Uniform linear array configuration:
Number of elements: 4
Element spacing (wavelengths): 0.25
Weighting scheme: exponential
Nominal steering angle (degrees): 15
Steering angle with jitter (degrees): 15.186
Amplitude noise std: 0.05
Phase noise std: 0.05

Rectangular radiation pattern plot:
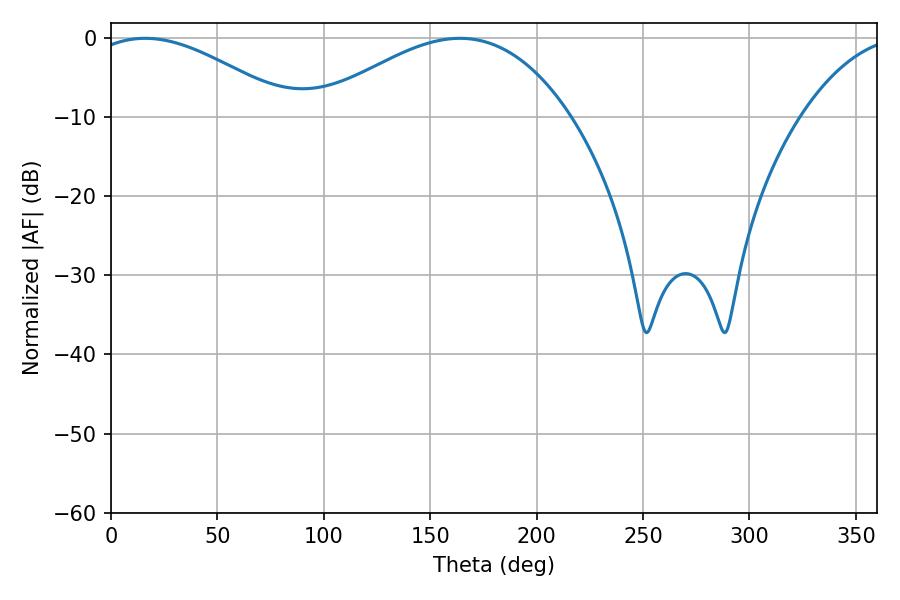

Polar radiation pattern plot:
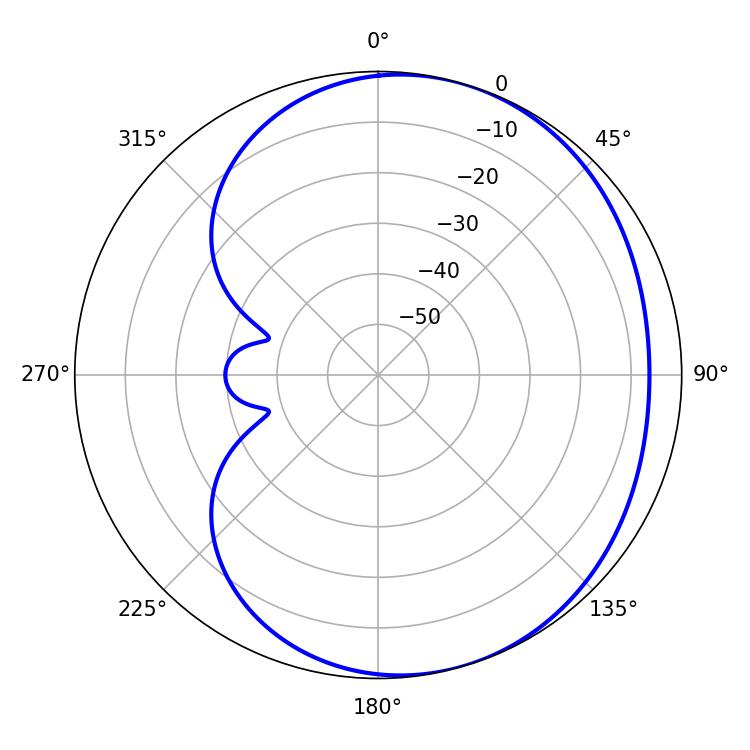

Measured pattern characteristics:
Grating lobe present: FALSE
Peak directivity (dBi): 3.738
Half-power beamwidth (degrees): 52.2
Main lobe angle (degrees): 16.02